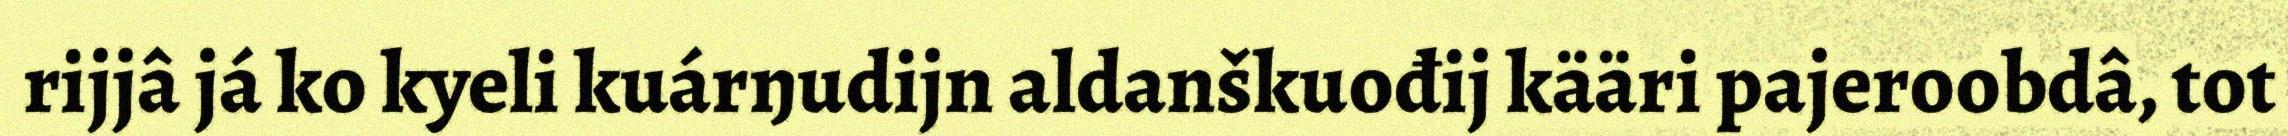
rijjâ já ko kyeli kuárŋudijn aldanškuođij kääri pajeroobdâ, tot